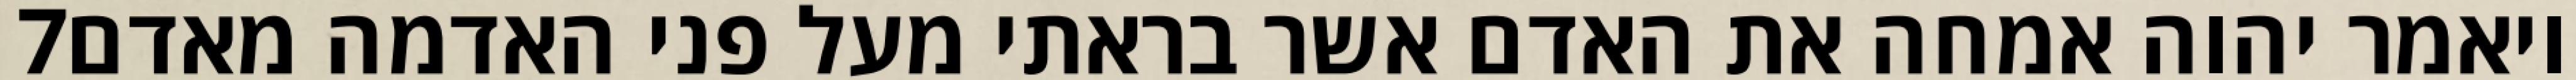
‎7‏ ויאמר יהוה אמחה את האדם אשר בראתי מעל פני האדמה מאדם